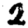
Digit: 2